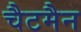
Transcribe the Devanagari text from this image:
चैटमैन